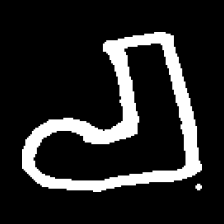
Pyu character \u2014 Myanmar letter: စ (romanized: ca)